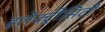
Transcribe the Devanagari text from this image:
इलेक्ट्रीसिटी